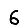
Digit: 6